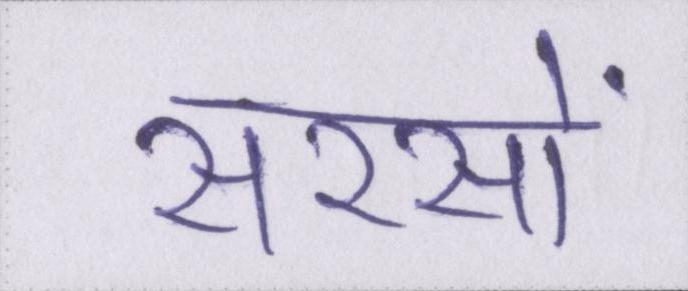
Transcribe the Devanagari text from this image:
सरसों